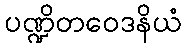
ပဏ္ဍိတဝေဒနိယံ